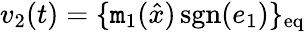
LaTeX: v_{2}(t)=\{ \mathtt{m}_{1}({\hat{{x}}})\operatorname{sgn}(e_{1})\} _{\mathrm{{eq}}}